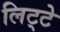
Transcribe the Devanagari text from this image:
लिट्‍टे